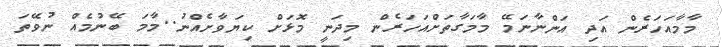
މާމާއަހަރެން އަދި އަންނާނަމޭ މާމަގާތަށްއަހަރެން މިދަނީ މޮޅަށް ކިޔަވާށެއްނު..މާމަ ބޭނުމެއް ނުވޭތަ